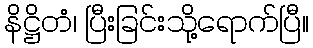
နိဋ္ဌိတံ၊ ပြီးခြင်းသို့ရောက်ပြီ။